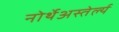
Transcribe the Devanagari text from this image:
नोर्थेअस्तेर्ल्य